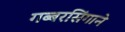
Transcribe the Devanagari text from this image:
गब्बरसिंगाने